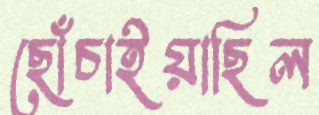
ছোঁচাইয়াছিল